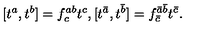
[ t ^ { a } , t ^ { b } ] = f _ { c } ^ { a b } t ^ { c } , [ t ^ { \bar { a } } , t ^ { \bar { b } } ] = f _ { \bar { c } } ^ { \bar { a } \bar { b } } t ^ { \bar { c } } .